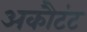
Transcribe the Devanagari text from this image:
अकौटंट